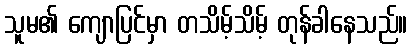
သူမ၏ ကျောပြင်မှာ တသိမ့်သိမ့် တုန်ခါနေသည်။